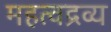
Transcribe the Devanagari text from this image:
महत्वद्रव्य